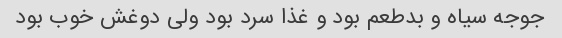
جوجه سیاه و بدطعم بود و غذا سرد بود ولی دوغش خوب بود